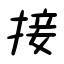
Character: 接